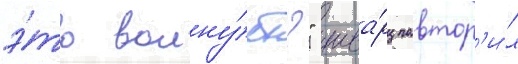
э́то волну́ет?" шва́рц повтор'и́л